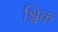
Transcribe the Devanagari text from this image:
श्विक